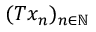
( T x _ { n } ) _ { n \in \mathbb { N } }